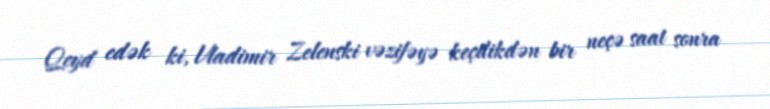
Qeyd edək ki, Vladimir Zelenski vəzifəyə keçdikdən bir neçə saat sonra